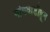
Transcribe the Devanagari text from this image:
मांगवाडीहून